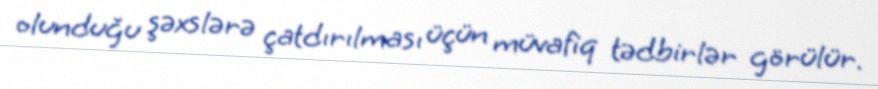
olunduğu şəxslərə çatdırılması üçün müvafiq tədbirlər görülür.